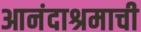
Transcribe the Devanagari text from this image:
आनंदाश्रमाची